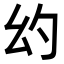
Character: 𪪊